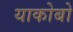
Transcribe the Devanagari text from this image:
याकोबो